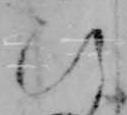
ひ